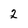
Character: 2